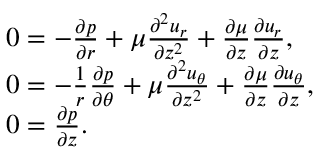
\begin{array} { r l } & { 0 = - \frac { \partial p } { \partial r } + \mu \frac { \partial ^ { 2 } u _ { r } } { \partial { z } ^ { 2 } } + \frac { \partial \mu } { \partial z } \frac { \partial u _ { r } } { \partial z } , } \\ & { 0 = - \frac { 1 } { r } \frac { \partial p } { \partial \theta } + \mu \frac { \partial ^ { 2 } u _ { \theta } } { \partial { z } ^ { 2 } } + \frac { \partial \mu } { \partial z } \frac { \partial u _ { \theta } } { \partial z } , } \\ & { 0 = \frac { \partial p } { \partial z } . } \end{array}